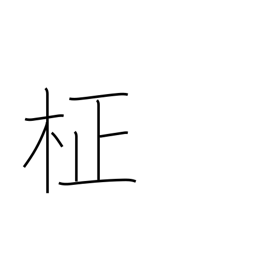
Meaning: straight grain